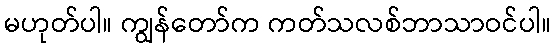
မဟုတ်ပါ။ ကျွန်တော်က ကတ်သလစ်ဘာသာဝင်ပါ။